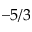
- 5 / 3